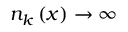
n _ { k } \left( x \right) \rightarrow \infty